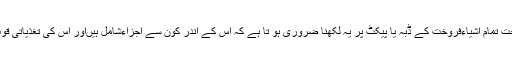
چونکہ اب بین الاقوامی تجارتی قانون کے تحت تمام اشیاءفروخت کے ڈبہ یا پیکٹ پر یہ لکھنا ضروری ہو تا ہے کہ اس کے اندر کون سے اجزاءشامل ہیںاور اس کی تغذیاتی قوتNUTRICTIONAL VALUE کیا ہے۔